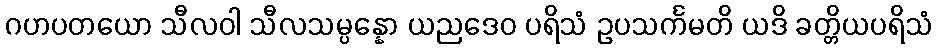
ဂဟပတယော သီလဝါ သီလသမ္ပန္နော ယညဒေဝ ပရိသံ ဥပသင်္ကမတိ ယဒိ ခတ္တိယပရိသံ